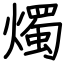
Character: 燭